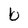
Character: b